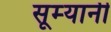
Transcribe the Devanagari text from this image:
सूम्‍यानी